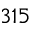
3 1 5